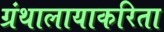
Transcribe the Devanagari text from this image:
ग्रंथालायाकरिता